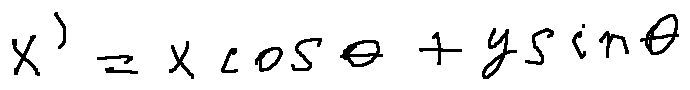
x ^ { \prime } = x \cos \theta + y \sin \theta